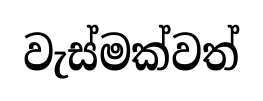
වැස්මක්වත්